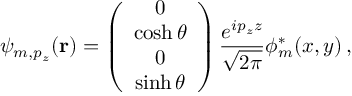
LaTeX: \psi _ { m , p _ { z } } ( { \bf r } ) = \left( \begin{array} { c } { { 0 } } \\ { { \cosh \theta } } \\ { { 0 } } \\ { { \sinh \theta } } \end{array} \right) { \frac { e ^ { i p _ { z } z } } { \sqrt { 2 \pi } } } { \phi _ { m } ^ { * } } ( { x , y } ) \, ,